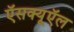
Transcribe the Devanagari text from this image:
ऍसक्यूऍल